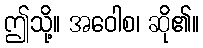
ဤသို့။ အဝေါစ၊ ဆို၏။